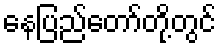
နေပြည်တော်တို့တွင်